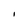
Character: I